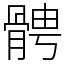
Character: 𩩍